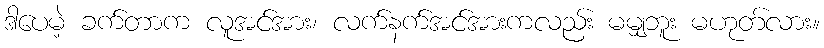
ဒါပေမဲ့ ခက်တာက လူအင်အား၊ လက်နက်အင်အားကလည်း မမျှဘူး မဟုတ်လား။